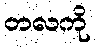
တလကို